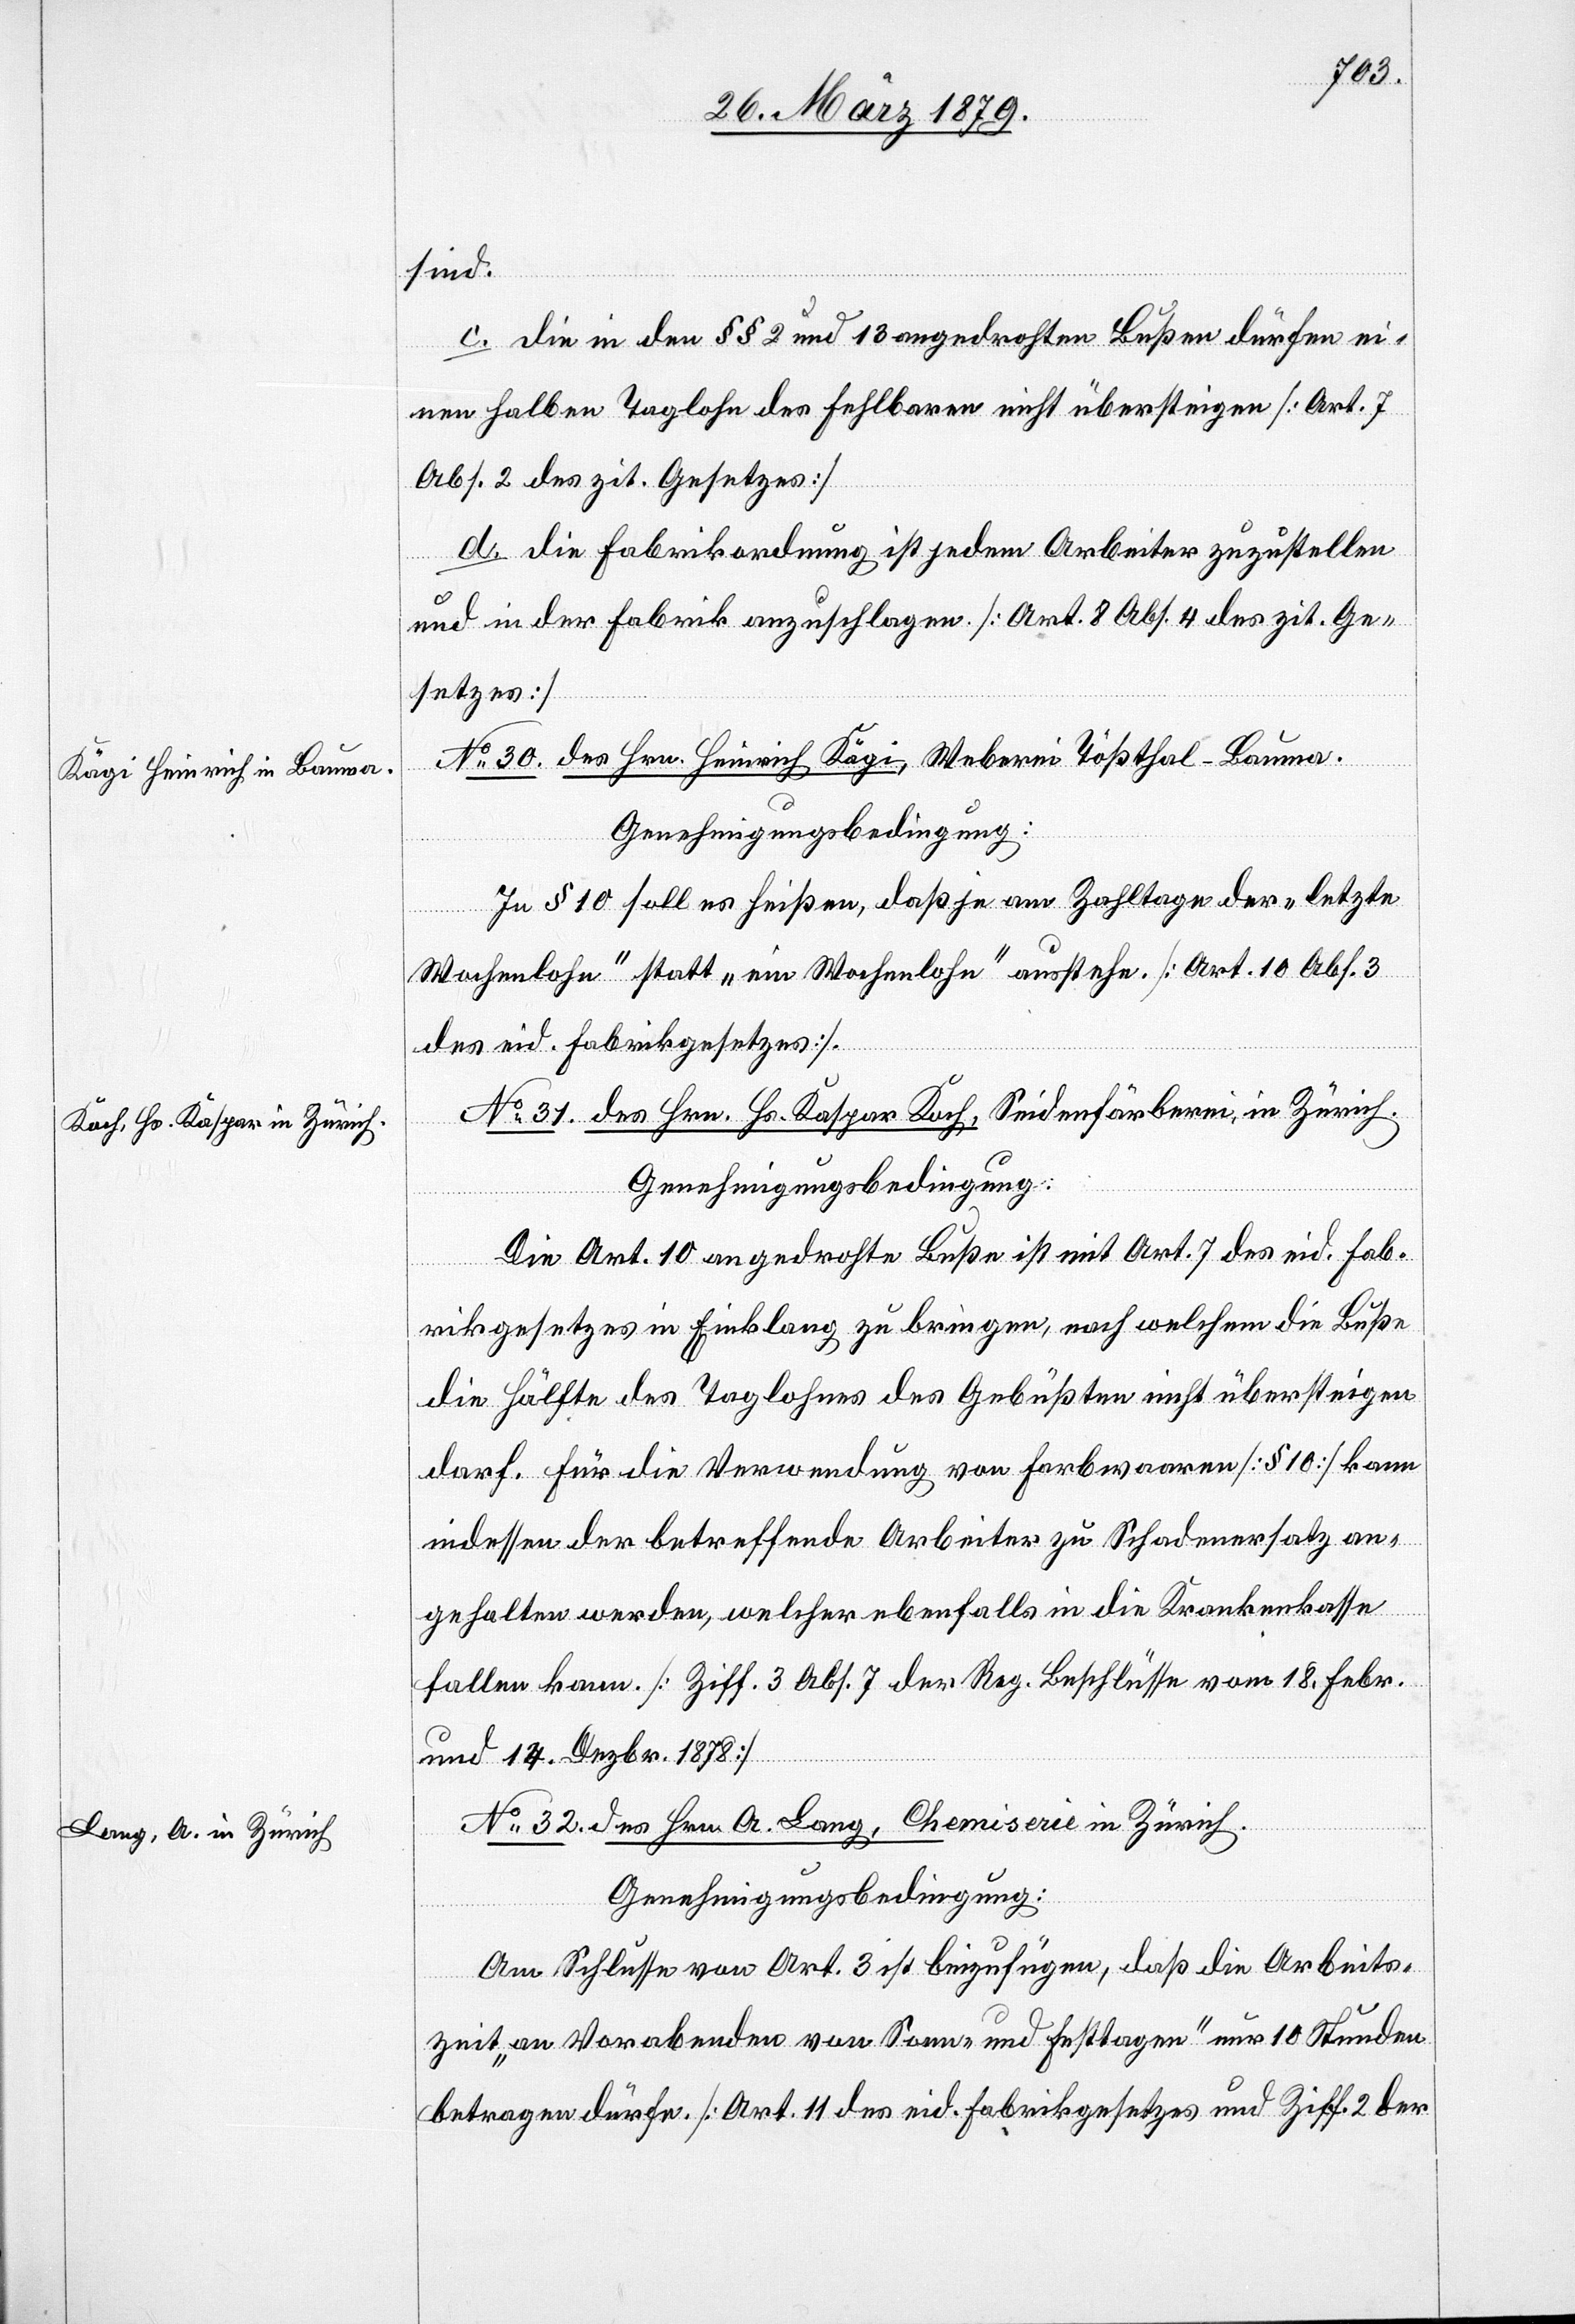
sind.
c. Die in den §§ 2 und 13 angedrohten Bußen dürfen ei¬
nen halben Taglohn des Fehlbaren nicht übersteigen [Art. 7
Abs. 2 des zit. Gesetzes].
d. Die Fabrikordnung ist jedem Arbeiter zuzustellen
und in der Fabrik anzuschlagen [Art. 8 Abs. 4 des zit. Ge¬
setzes].
No 30. des Hrn. Heinrich Kägi, Weberei Tößthal-Bauma.
Genehmigungsbedingung:
In § 10 soll es heißen, daß je am Zahltage der „letzte
Wochenlohn“ statt „ein Wochenlohn“ ausstehe. [Art. 10 Abs. 3
des eid. Fabrikgesetzes].
No 31. des Hrn. Hs. Kaspar Koch, Seidenfärberei, in Zürich.
Die Art. 10 angedrohte Buße ist mit Art. 7 des eid. Fab¬
rikgesetzes in Einklang zu bringen, nach welchem die Buße
die Hälfte des Taglohnes des Gebüßten nicht übersteigen
darf. Für die Verwendung von Farbwaaren [§ 10] kann
indessen der betreffende Arbeiter zu Schadenersatz an¬
gehalten werden, welcher ebenfalls in die Krankenkasse
fallen kann. [Ziff. 3 Abs. 7 der Reg. Beschlüsse vom 18. Febr.
und 14. Dezbr. 1878
No 32. des Hrn. A. Lang, Chemiserie in Zürich.
Genehmigungsbedingung:
Am Schlusse von Art. 3 ist beizüfgen, daß die Arbeits¬
zeit „an Vorabenden von Sonn- und Festtagen“ nur 10 Stunden
betragen dürfe. [Art. 11 des eid. Fabrikgesetzes und Ziff. 2 der